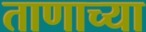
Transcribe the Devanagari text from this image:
ताणाच्या